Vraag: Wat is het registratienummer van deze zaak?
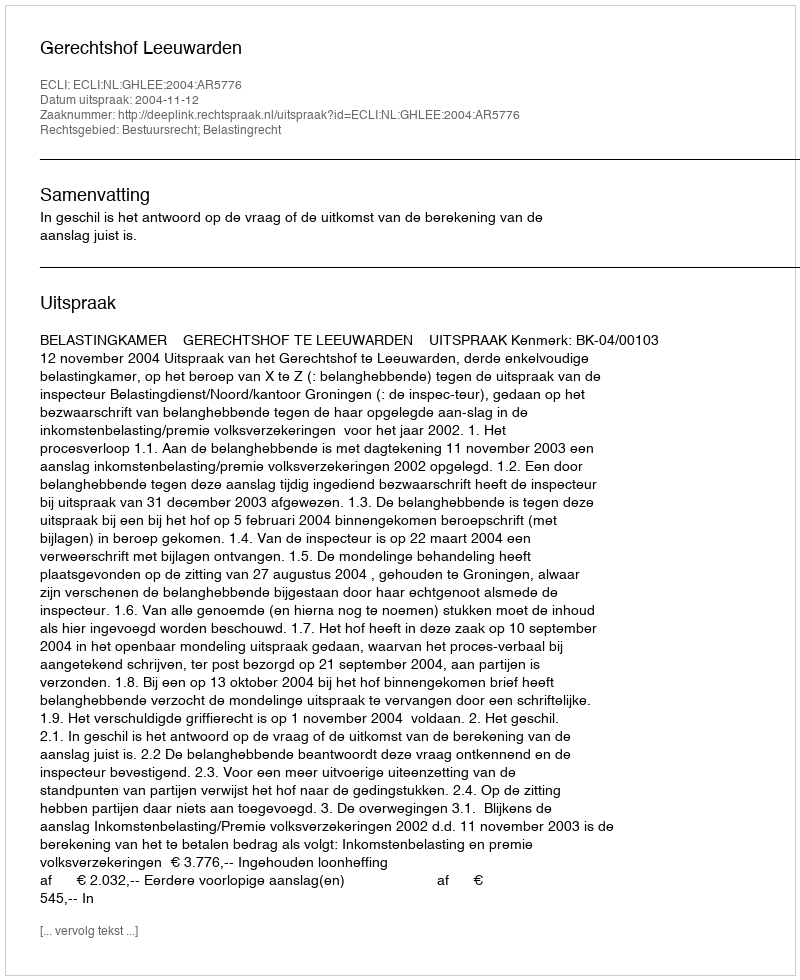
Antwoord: http://deeplink.rechtspraak.nl/uitspraak?id=ECLI:NL:GHLEE:2004:AR5776